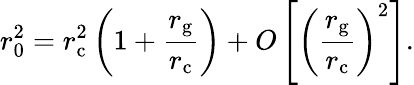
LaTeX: r_{\mathrm{0}}^{2}=r_{\mathrm{c}}^{2}\left(1+\frac{r_{\mathrm{g}}}{r_{\mathrm{c}}}\right)+O\left[\left(\frac{r_{\mathrm{g}}}{r_{\mathrm{c}}}\right)^{2}\right].